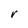
Character: r